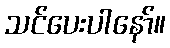
သင်ပေးပါနော်။